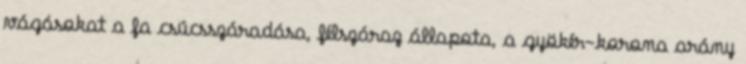
vágásokat a fa csúcsszáradása, félszáraz állapota, a gyökér-korona arány